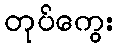
တုပ်ကွေး